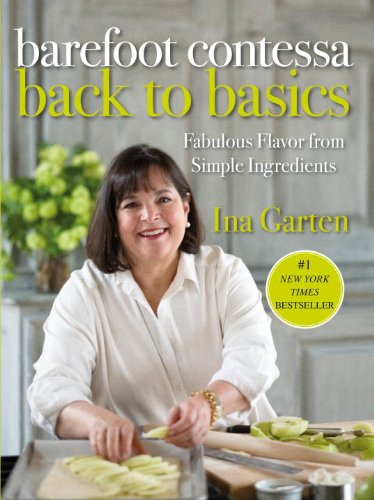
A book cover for Barefoot Contessa Back to Basics: Fabulous Flavor from Simple Ingredients; Ina Garten; Cookbooks, Food & Wine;